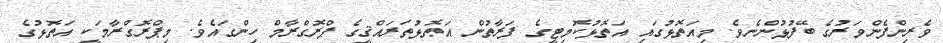
ވެރިންފެންވަރުގެ ބޭފުޅުންނެވެ. މިއަތޮޅުގައި އަތޮޅުކޮމިޓީގެ ފަރާތުން އަތޮޅުތަރައްޤީގެ ޕްރޮގްރާމް ހިންގައެވެ. މިޕްރޮގްރާމަކީ އަތޮޅުގެ